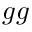
g g